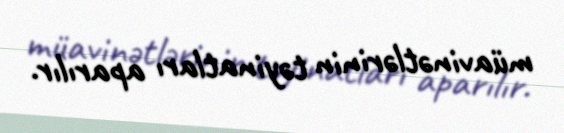
müavinətlərinin təyinatları aparılır.